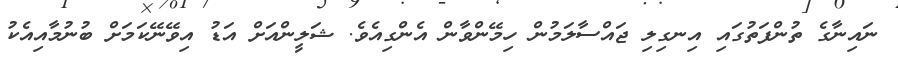
ނައިނާގެ ތުންފަތުގައި އިނގިލި ޖައްސާލަމުން ހިމޭންވާން އެންގިއެވެ. ޝަލީންއަށް އަޑު އިވޭނޭކަމަށް ބުނުމާއިއެކު